Elephants and their diseases
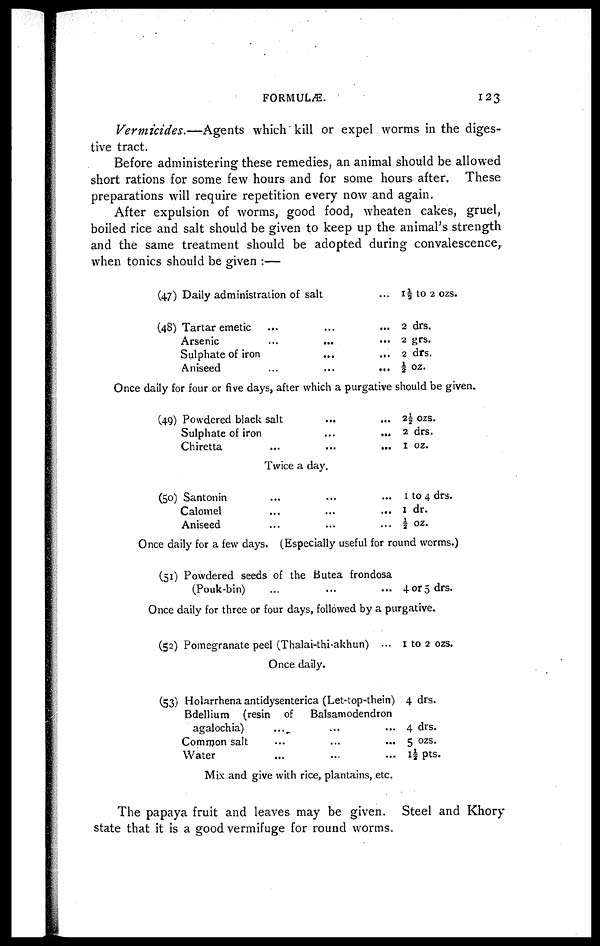
FORMULÆ.
123
Vermicides.—Agents which kill or expel worms in the diges-
tive tract.
Before administering these remedies, an animal should be allowed
short rations for some few hours and for some hours after. These
preparations will require repetition every now and again.
After expulsion of worms, good food, wheaten cakes, gruel,
boiled rice and salt should be given to keep up the animal's strength
and the same treatment should be adopted during convalescence,
when tonics should be given :—
(47)
(48)
Daily administration of salt
Tartar emetic......
Arsenic......
Sulphate of iron...
Aniseed...
... l½ to 2 ozs.
... 2 drs.
... 2 grs.
... 2 drs.
... ½ oz.
Once daily for four or five days, after which a purgative should be given.
(49) Powdered black salt...
Sulphate of iron...
Chiretta......
...
...
...
2½ ozs.
2 drs.
1 oz.
Twice a day.
(50) Santonin
...
C a l o m e l . . . . . .
Aniseed......
...
...
...
1 to 4 drs.
1dr.
½ oz.
Once daily for a few days. (Especially useful for round worms.)
(51) Powdered seeds of the Butea frondosa
(Pouk-bin)
...
...
... 4 or 5 drs.
Once daily for three or four days, followed by a purgative.
(52) Pomegranate peel (Thalai-thi-akhun)... 1 to 2 ozs.
Once daily.
(53) Holarrhena antidysenterica (Let-top-thein)
Bdellium (resin of Balsamodendron
agalochia).........
Common salt.........
Water.........
4 drs.
4 drs.
5 ozs.
1½ pts.
Mix and give with rice, plantains, etc.
The papaya fruit and leaves may be given. Steel and Khory
state that it is a good vermifuge for round worms.